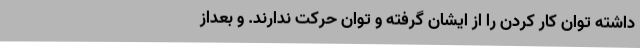
داشته توان کار کردن را از ایشان گرفته و توان حرکت ندارند. و بعداز